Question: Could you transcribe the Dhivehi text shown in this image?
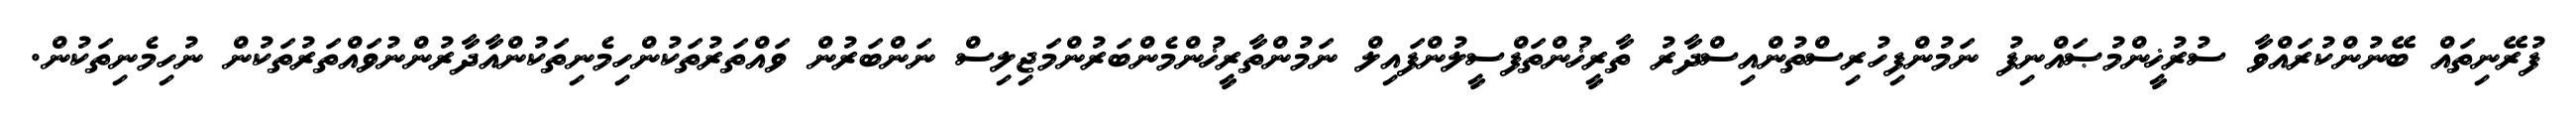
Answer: ފުރޭނިތައް ބޭނުންކުރައްވާ ސުރުޚީންމުޞައްނިފު ނަމުންފިހުރިސްތުންއިސްދާރު ތާރީޚުންތަފްސީލުންފައިލް ނަމުންތާރީޚުންމެންބަރުންމަޖިލިސް ނަންބަރުން ވައްތަރުތަކުންހިމެނިތަކުންއާދާރުންނުވައްތަރުތަކުން ނުހިމެނިތަކުން.